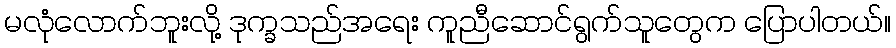
မလုံလောက်ဘူးလို့ ဒုက္ခသည်အရေး ကူညီဆောင်ရွက်သူတွေက ပြောပါတယ်။